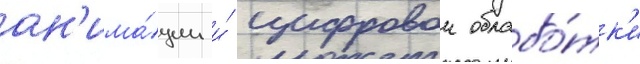
ан'има́ции и́ цифровои обрабо́тк'и